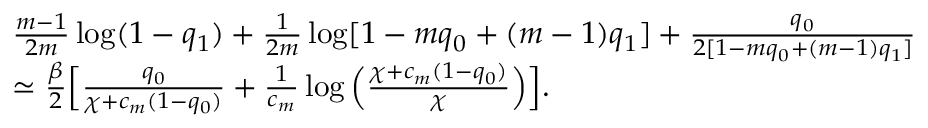
\begin{array} { r l } & { \frac { m - 1 } { 2 m } \log ( 1 - q _ { 1 } ) + \frac { 1 } { 2 m } \log [ 1 - m q _ { 0 } + ( m - 1 ) q _ { 1 } ] + \frac { q _ { 0 } } { 2 [ 1 - m q _ { 0 } + ( m - 1 ) q _ { 1 } ] } } \\ & { \simeq \frac { \beta } { 2 } \Big [ \frac { q _ { 0 } } { \chi + c _ { m } ( 1 - q _ { 0 } ) } + \frac { 1 } { c _ { m } } \log \Big ( \frac { \chi + c _ { m } ( 1 - q _ { 0 } ) } { \chi } \Big ) \Big ] . } \end{array}